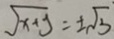
\sqrt { x + y } = \pm \sqrt { 3 }